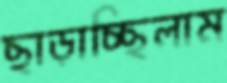
ছাড়াচ্ছিলাম